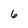
Character: 6